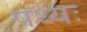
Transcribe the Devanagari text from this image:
पथ्यः